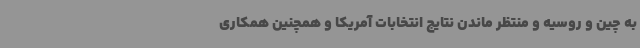
به چین و روسیه و منتظر ماندن نتایج انتخابات آمریکا و همچنین همکاری